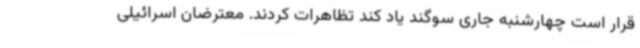
قرار است چهارشنبه جاری سوگند یاد کند تظاهرات کردند. معترضان اسرائیلی